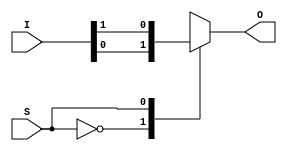
`timescale 1ns / 1ps
//////////////////////////////////////////////////////////////////////////////////

// ID          : N180116
//Branch       : ECE
//Project Name : RTL design using Verilog
//Design  Name : 8 TO 1 MUX USING 4X1 MUX AND 2X1 MUX
//Module  Name : 2X1 MUX MODULE
//RGUKT NUZVID 
//////////////////////////////////////////////////////////////////////////////////


module MUX_2X1(S,I,O);
input S;
input [1:0]I;
output reg O;

always @(S,I) begin
    case(S)
    1'b0:O=I[0];
    1'b1:O=I[1];
    default : O=1'bx;
    endcase
end
endmodule